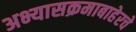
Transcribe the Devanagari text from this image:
अभ्यासक्रमाबाहेरचे